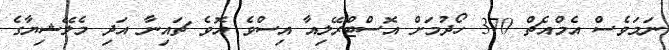
ނަމަވެސް އެމްއެޗް 370 ހޯދުމަށް އޮސްޓްރޭލިއާ އިސްވެ އޮވެ ޗައިނާ އަދި މެލޭޝިޔާގެ